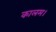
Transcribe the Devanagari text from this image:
कालम।